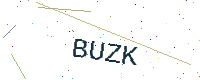
Text: BUZK